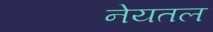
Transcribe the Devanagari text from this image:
नेयतल